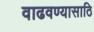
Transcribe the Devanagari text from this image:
वाढवण्यासाठि